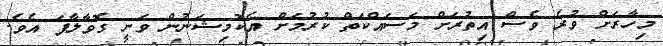
މިހާރަށް ވުރެ ވެސް އިތުރަށް މަސައްކަތް ކުރުމަށް އެކޮމިޝަނުން ވަނީ ގޮވާލާފަ އެވެ.